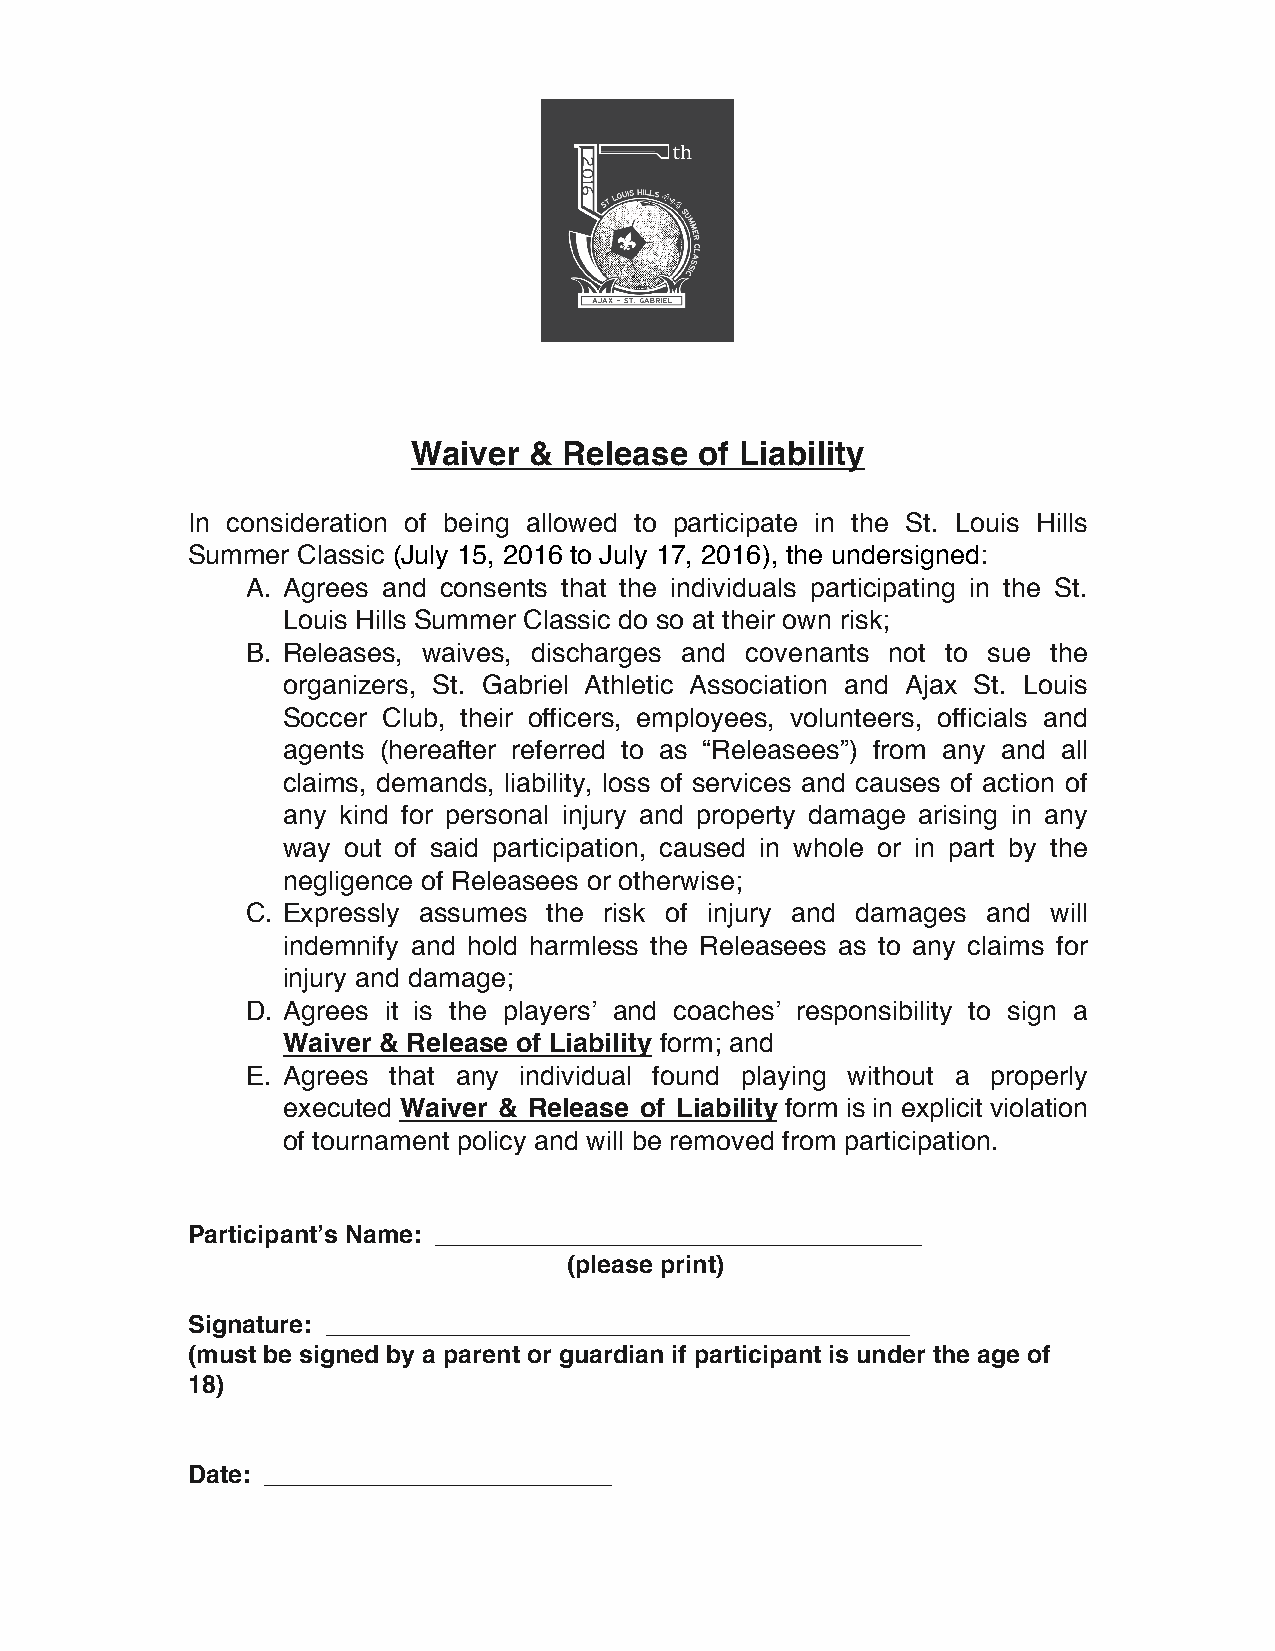
Waiver  & Release  of Liability
 In consideration of being allowed to participate in the St. Louis Hills
 Summer  Classic (July 15, 2016 to July 17, 2016), the undersigned:
 A. Agrees and consents that the individuals participating in the St.
 Louis Hills Summer Classic do so at their own risk;
 B. Releases, waives, discharges and covenants not to sue the
 organizers, St. Gabriel Athletic Association and Ajax St. Louis
 Soccer Club, their officers, employees, volunteers, officials and
 agents (hereafter referred to as “Releasees”) from any and all
 claims, demands, liability, loss of services and causes of action of
 any kind for personal injury and property damage arising in any
 way out of said participation, caused in whole or in part by the
 negligence of Releasees or otherwise;
 C. Expressly assumes the risk of injury and damages and will
 indemnify and hold harmless the Releasees as to any claims for
 injury and damage;
 D. Agrees it is the players’ and coaches’ responsibility to sign a
 Waiver & Release of Liability form; and
 E. Agrees that any individual found playing without a properly
 executed Waiver & Release of Liability form is in explicit violation
 of tournament policy and will be removed from participation.
 Participant’s Name: ___________________________________
 (please print)
 Signature: __________________________________________
 (must be signed by a parent or guardian if participant is under the age of
 18)
 Date: _________________________